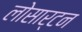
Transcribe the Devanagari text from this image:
लोसार्टन